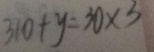
3 1 0 + y = 3 0 \times 3